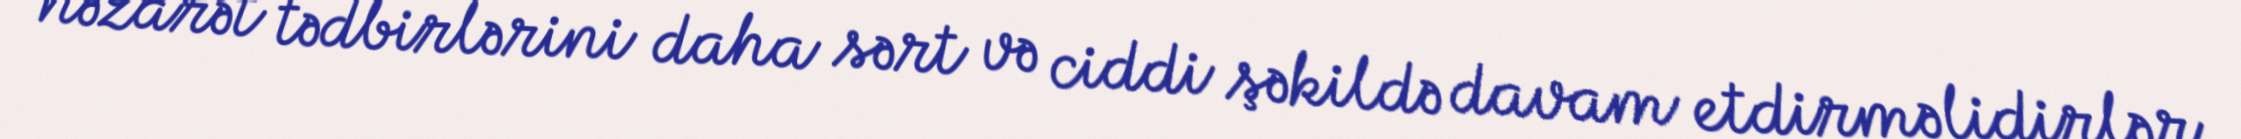
nəzarət tədbirlərini daha sərt və ciddi şəkildə davam etdirməlidirlər.